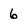
Character: 6